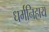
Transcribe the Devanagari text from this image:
धर्मनिहाय